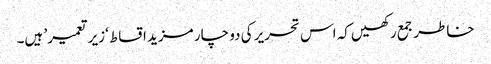
خاطر جمع رکھیں کہ اس تحریر کی دو چار مزید اقساط ‘زیر تعمیر’ ہیں۔